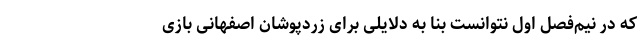
که در نیم‌فصل اول نتوانست بنا به دلایلی برای زردپوشان اصفهانی بازی